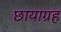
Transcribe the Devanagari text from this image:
छायाग्रह